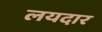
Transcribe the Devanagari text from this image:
लयदार